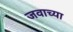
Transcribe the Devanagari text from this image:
जवाच्या